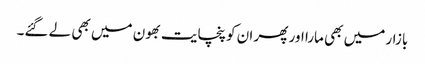
بازار میں بھی مارا اور پھر ان کو پنچایت بھون میں بھی لے گئے۔